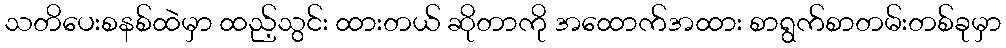
သတိပေးစနစ်ထဲမှာ ထည့်သွင်း ထားတယ် ဆိုတာကို အထောက်အထား စာရွက်စာတမ်းတစ်ခုမှာ